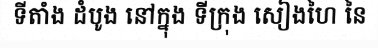
ទីតាំង ដំបូង នៅក្នុង ទីក្រុង សៀងហៃ នៃ